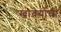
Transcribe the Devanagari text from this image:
खोबर्याची